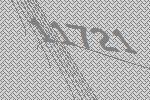
11721